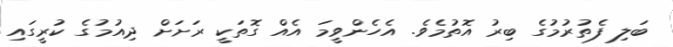
ބަލި ފެތުރުމުގެ ބިރު އޮތުމެވެ. އެހެންވީމަ އެއް ގޮތަކީ ރަަށަށް ދިއުމުގެ ކުރީގައި